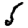
Digit: 5